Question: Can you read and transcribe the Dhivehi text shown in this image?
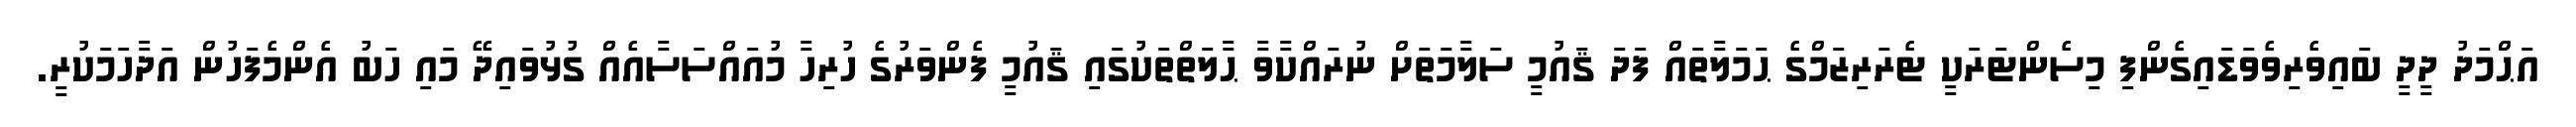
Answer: އަޙްމަދު ދީދީ ބައިވެރިވެވަޑައިގެންފި މިސެންޓަރަކީ ޓެރަރިޒަމްގެ ޙަމަލާތައް ފަދަ ޤައުމީ ސަލާމަތަށް ނުރައްކާވާ ޙާލަތްތަކުގައި ޤައުމީ ފެންވަރުގެ ހުރިހާ މުއައްސަސާއެއް ގުޅުވައިދޭ މައި ހަބު އެންމެފަހުން އަދާހަމަކުރީ.